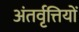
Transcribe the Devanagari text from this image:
अंतर्वृत्तियों